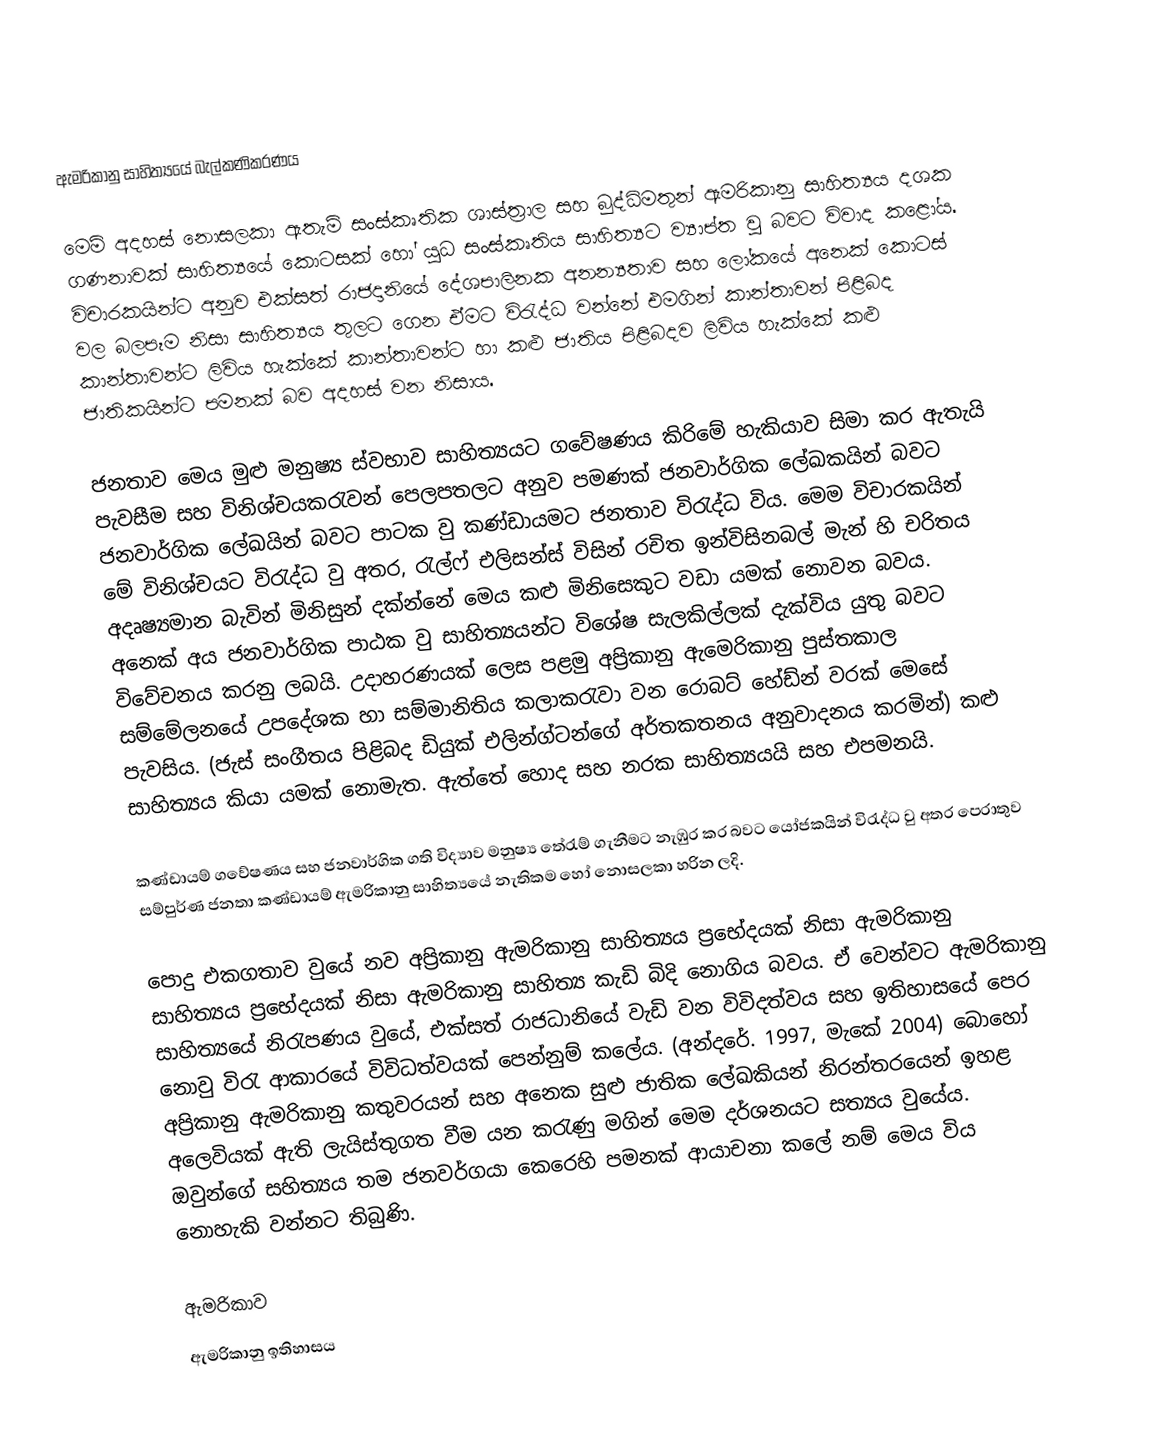
ඇමරිකානු සාහිත්‍යයේ බැල්කණිකරණය

	මෙම් අදහස් නොසලකා ඇතැම් සංස්කෘතික ශාස්ත්‍රාල සහ බුද්ධිමතුන් ඇමරිකානු සාහිත්‍යය දශක ගණනාවක් සාහිත්‍ය‍යේ කොටසක් හෝ යුධ සංස්කෘතිය සාහිත්‍යට ව්‍යාප්ත වු බවට විවාද කළෝය. විචාරකයින්ට අනුව එක්සත් රාජදානියේ දේශපාලිනක අනන්‍යතාව සහ ලෝකයේ අනෙක් කොටස් වල බලපෑම නිසා සාහිත්‍යය තුලට ගෙන ඒමට විරැද්ධ වන්නේ එමගින් කාන්තාවන් පිළිබද කාන්තාවන්ට ලිවිය හැක්කේ කාන්තාවන්ට හා කළු ජාතිය පිළිබදව ලිවිය හැක්කේ කළු ජාතිකයින්ට පමනක් බව අදහස් වන නිසාය.

	ජනතාව මෙය මුළු මනුෂ්‍ය ස්වභාව සාහිත්‍යයට ගවේෂණය කිරිමේ හැකියාව සිමා කර ඇතැයි පැවසීම සහ විනිශ්චයකරැවන් පෙලපතලට අනුව පමණක් ජනවාර්ගික ලේඛකයින් බවට ජනවාර්ගික ලේඛයින් බවට පාටක වු කණ්ඩායමට ජනතාව විරැද්ධ විය. මෙම විචාරකයින් මේ විනිශ්චයට විරැද්ධ වු අතර, රැල්ෆ් එලිසන්ස් විසින් රචිත ඉන්විසිනබල් මැන් හි චරිතය අදෘෂ්‍යමාන බැවින් මිනිසුන් දක්න්නේ මෙය කළු මිනිසෙකුට වඩා යමක් නොවන බවය.  අනෙක් අය ජනවාර්ගික පාඨක වු සාහිත්‍යයන්ට විශේෂ සැලකිල්ලක් දැක්විය යුතු බවට විවේචනය කරනු ලබයි. උදාහරණයක් ලෙස පළමු අප්‍රිකානු ඇමෙරිකානු පුස්තකාල සම්මේලනයේ උපදේශක හා සම්මානිතිය කලාකරැවා වන රොබට් හේඩ්න් වරක් මෙසේ පැවසිය. (ජැස් සංගීතය පිළිබද ඩියුක් එලින්ග්ටන්ගේ අර්තකතනය අනුවාදනය කරමින්) කළු සාහිත්‍යය කියා යමක් නොමැත. ඇත්තේ හොද සහ නරක සාහිත්‍යයයි සහ එපමනයි.

	කණ්ඩායම් ගවේෂණය සහ ජනවාර්ගික ගති විද්‍යාව මනුෂ්‍ය තේරැම් ගැනීමට නැඹුර කර බවට යෝජකයින් විරැද්ධ වු අතර පෙරාතුව සම්පුර්ණ ජනතා කණ්ඩායම් ඇමරිකානු සාහිත්‍යයේ නැතිකම හෝ නොසලකා හරින ලදි.

	පොදු එකගතාව වුයේ නව අප්‍රිකානු ඇමරිකානු සාහිත්‍යය ප්‍රභේදයක් නිසා ඇමරිකානු සාහිත්‍යය ප්‍රභේදයක් නිසා  ඇමරිකානු සාහිත්‍ය කැඩි බිදි නොගිය බවය. ඒ වෙන්වට ඇමරිකානු සාහිත්‍යයේ නිරැපණය වුයේ, එක්සත් රාජධානියේ වැඩි වන විවිදත්වය සහ ඉතිහාසයේ පෙර නොවු විරැ ආකාරයේ විවිධත්වයක් පෙන්නුම් ‍කලේය. (අන්දරේ. 1997, මැකේ 2004) බොහෝ අප්‍රිකානු ඇමරිකානු කතුවරයන් සහ අනෙක සුළු ජාතික ලේඛකියන් නිරන්තරයෙන් ඉහළ අලෙවියක් ඇති ලැයිස්තුගත වීම යන කරැණු මගින් මෙම දර්ශනයට සත්‍යය වුයේය. ඔවුන්ගේ සහිත්‍යය තම ජනවර්ගයා කෙරෙහි පමනක් ආයාචනා කලේ නම් මෙය විය නොහැකි වන්නට තිබුණි.

ඇමරිකාව
ඇමරිකානු ඉතිහාසය